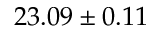
2 3 . 0 9 \pm 0 . 1 1